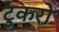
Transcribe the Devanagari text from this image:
टुकरों